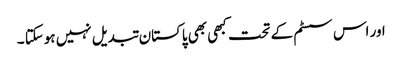
اور اس سسٹم کے تحت کبھی بھی پاکستان تبدیل نہیں ہوسکتا ۔